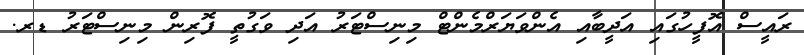
ރައީސް އޮފީހުގައި އަދީބާއި އެންވަޔަރްމެންޓް މިނިސްޓަރު އަދި ވަގުތީ ފޮރިން މިނިސްޓަރު ޑރ.